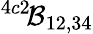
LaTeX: ^{4c2\! }{\cal B}_{12,34}